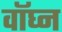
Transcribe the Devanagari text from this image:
वॉघ्न